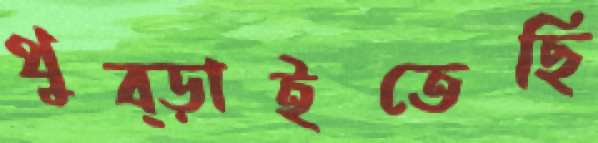
থুব্‌ড়াইতেছি